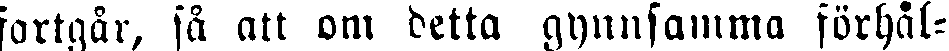
fortgår, så att om detta gynnsamma förhål-